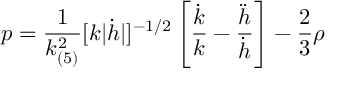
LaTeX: p = \frac { 1 } { k _ { ( 5 ) } ^ { 2 } } [ k | \dot { h } | ] ^ { - 1 / 2 } \left[ \frac { \dot { k } } { k } - \frac { \ddot { h } } { \dot { h } } \right] - \frac { 2 } { 3 } \rho